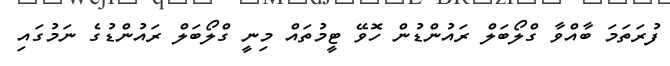
ފުރަތަމަ ބާއްވާ ގްލޯބަލް ރައުންޑުން ހޮވޭ ޓީމުތައް މިނީ ގްލޯބަލް ރައުންޑުގެ ނަމުގައި